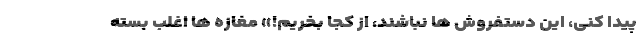
پیدا کنی، این دستفروش ها نباشند، از کجا بخریم!» مغازه ها اغلب بسته